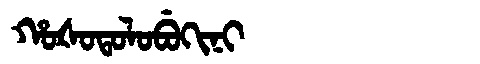
Manchu: ᡥᠣᡧᠣᡨᠣᠯᠣᠪᡠᡴᡳᠨᡳ
Romanization: HOŠOTOLOBUKINI